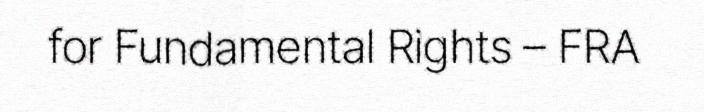
for Fundamental Rights – FRA